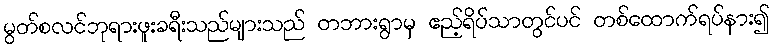
မွတ်စလင်ဘုရားဖူးခရီးသည်များသည် တဘားရွာမှ ဧည့်ရိပ်သာတွင်ပင် တစ်ထောက်ရပ်နား၍